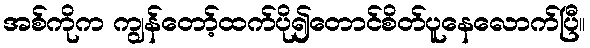
အစ်ကိုက ကျွန်တော့်ထက်ပို၍တောင်စိတ်ပူနေလောက်ပြီ။